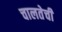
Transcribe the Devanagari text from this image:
चालतेची